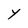
Character: Y